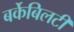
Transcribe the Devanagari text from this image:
बर्केबिलटी